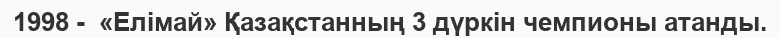
1998 -  «Елімай» Қазақстанның 3 дүркін чемпионы атанды.